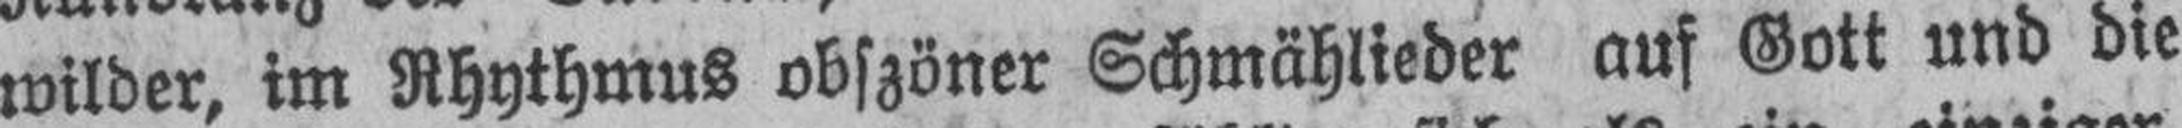
wilder, im Rhythmus obszöner Schmählieder auf Gott und die